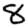
Digit: 8